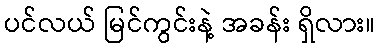
ပင်လယ် မြင်ကွင်းနဲ့ အခန်း ရှိလား။